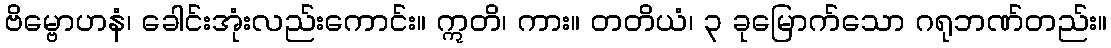
ဗိမ္ဗောဟနံ၊ ခေါင်းအုံးလည်းကောင်း။ ဣတိ၊ ကား။ တတိယံ၊ ၃ ခုမြောက်သော ဂရုဘဏ်တည်း။